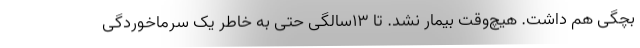
بچگی هم داشت. هیچ‌وقت بیمار نشد. تا ۱۳سالگی حتی به خاطر یک سرماخوردگی